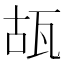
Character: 瓳